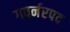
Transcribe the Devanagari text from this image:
गवर्नरपद